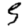
Digit: 5